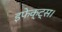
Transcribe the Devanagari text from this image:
इफेक्ट्स।